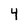
Character: 4